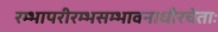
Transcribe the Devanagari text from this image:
रम्भापरीरम्भसम्भावनाधीरचेताः